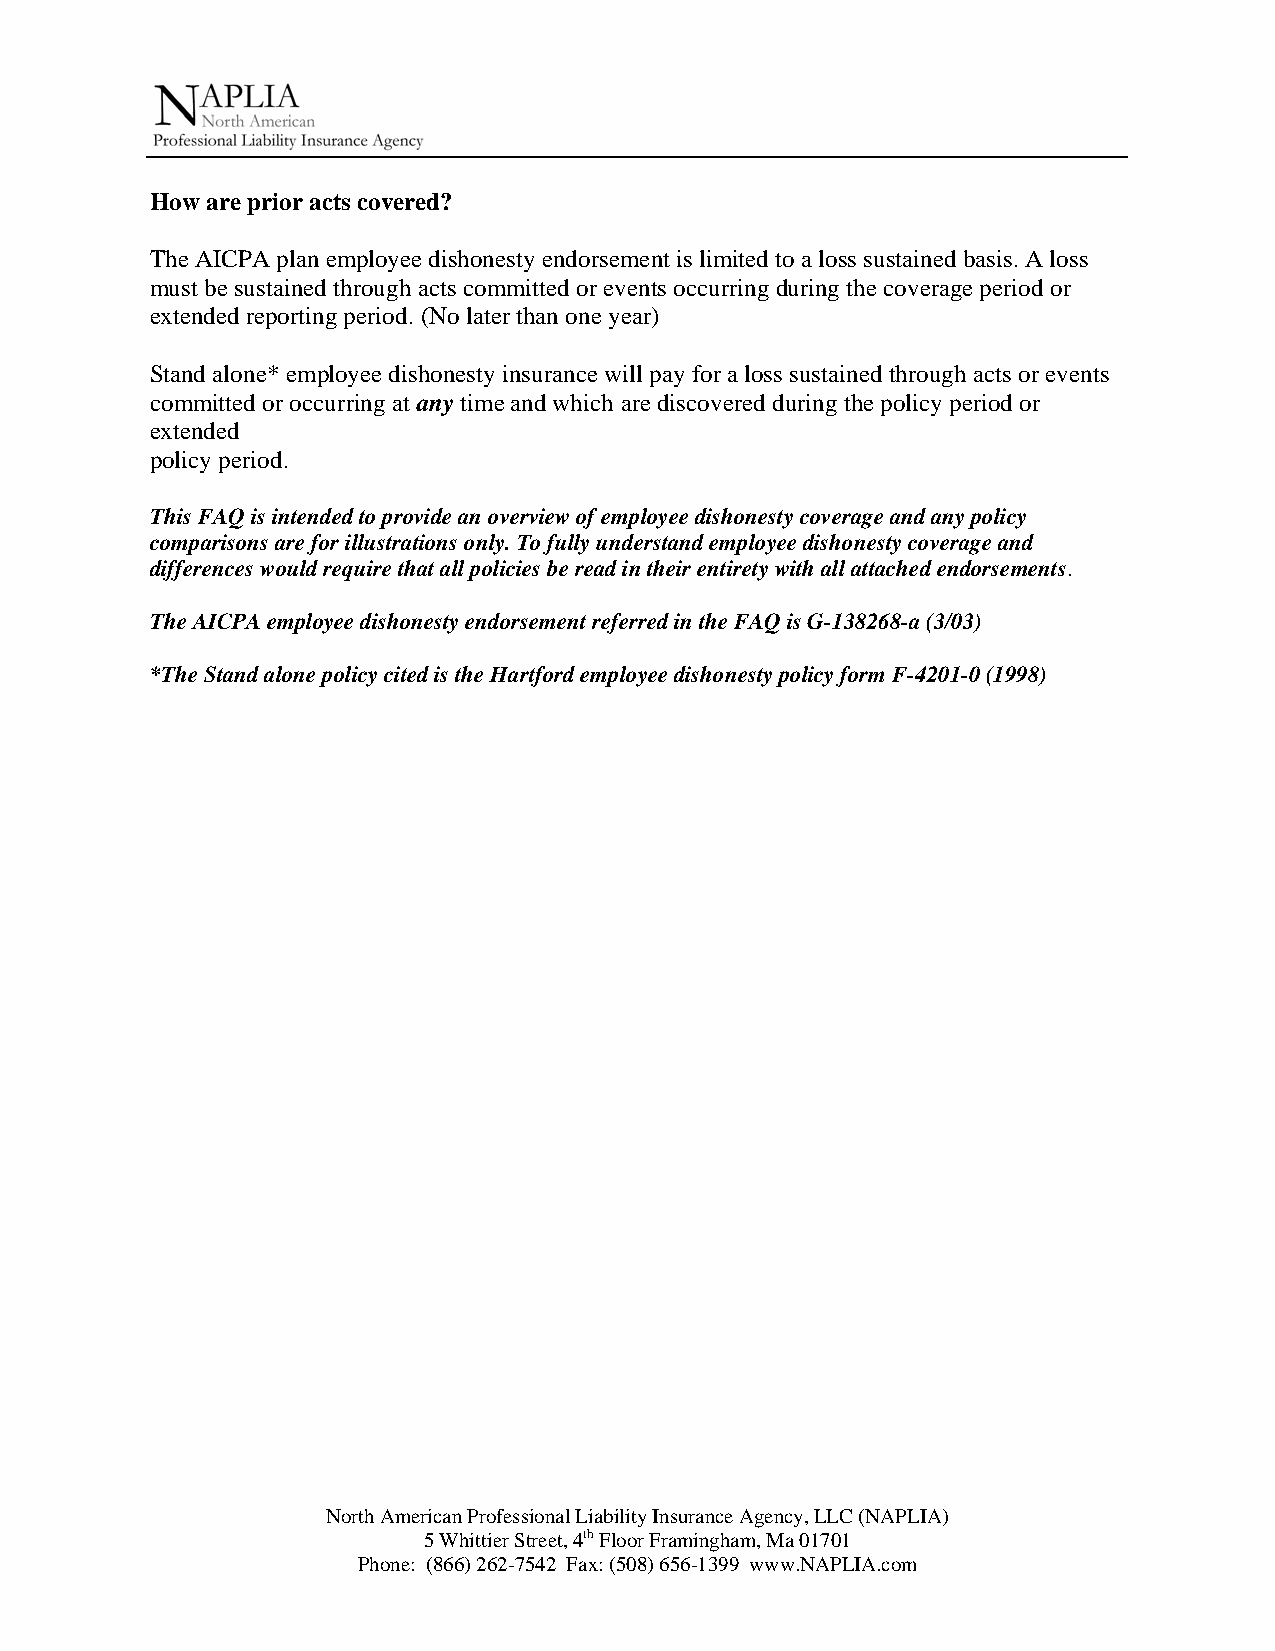
How are prior acts covered?
 The AICPA plan employee dishonesty endorsement is limited to a loss sustained basis. A loss
 must be sustained through acts committed or events occurring during the coverage period or
 extended reporting period. (No later than one year)
 Stand alone* employee dishonesty insurance will pay for a loss sustained through acts or events
 committed or occurring at any time and which are discovered during the policy period or
 extended
 policy period.
 This FAQ is intended to provide an overview of employee dishonesty coverage and any policy
 comparisons are for illustrations only. To fully understand employee dishonesty coverage and
 differences would require that all policies be read in their entirety with all attached endorsements.
 The AICPA employee dishonesty endorsement referred in the FAQ is G-138268-a (3/03)
 *The Stand alone policy cited is the Hartford employee dishonesty policy form F-4201-0 (1998)
 North American Professional Liability Insurance Agency, LLC (NAPLIA)
 5 Whittier Street, 4th Floor Framingham, Ma 01701
 Phone: (866) 262-7542 Fax: (508) 656-1399 www.NAPLIA.com